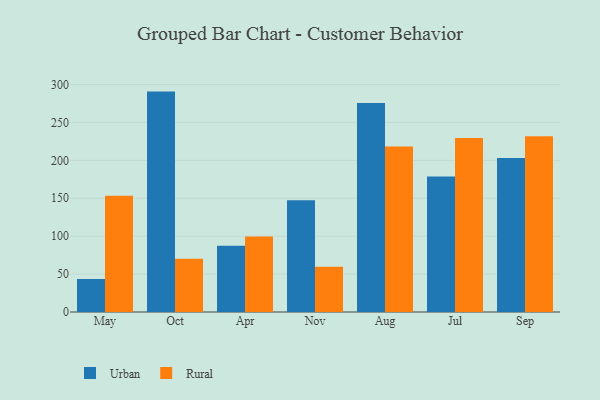
{"axis": {"x": "Month", "y": "Bounce Rate (%)"}, "legend": ["Rural", "Urban"], "data": [{"x": "May", "y": 43.5, "type": "Urban"}, {"x": "May", "y": 153.4, "type": "Rural"}, {"x": "Oct", "y": 290.6, "type": "Urban"}, {"x": "Oct", "y": 70.3, "type": "Rural"}, {"x": "Apr", "y": 87.4, "type": "Urban"}, {"x": "Apr", "y": 99.4, "type": "Rural"}, {"x": "Nov", "y": 147.2, "type": "Urban"}, {"x": "Nov", "y": 59.7, "type": "Rural"}, {"x": "Aug", "y": 275.7, "type": "Urban"}, {"x": "Aug", "y": 218.1, "type": "Rural"}, {"x": "Jul", "y": 178.6, "type": "Urban"}, {"x": "Jul", "y": 229.3, "type": "Rural"}, {"x": "Sep", "y": 203.1, "type": "Urban"}, {"x": "Sep", "y": 231.7, "type": "Rural"}]}